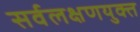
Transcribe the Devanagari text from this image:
सर्वलक्षणयुक्त